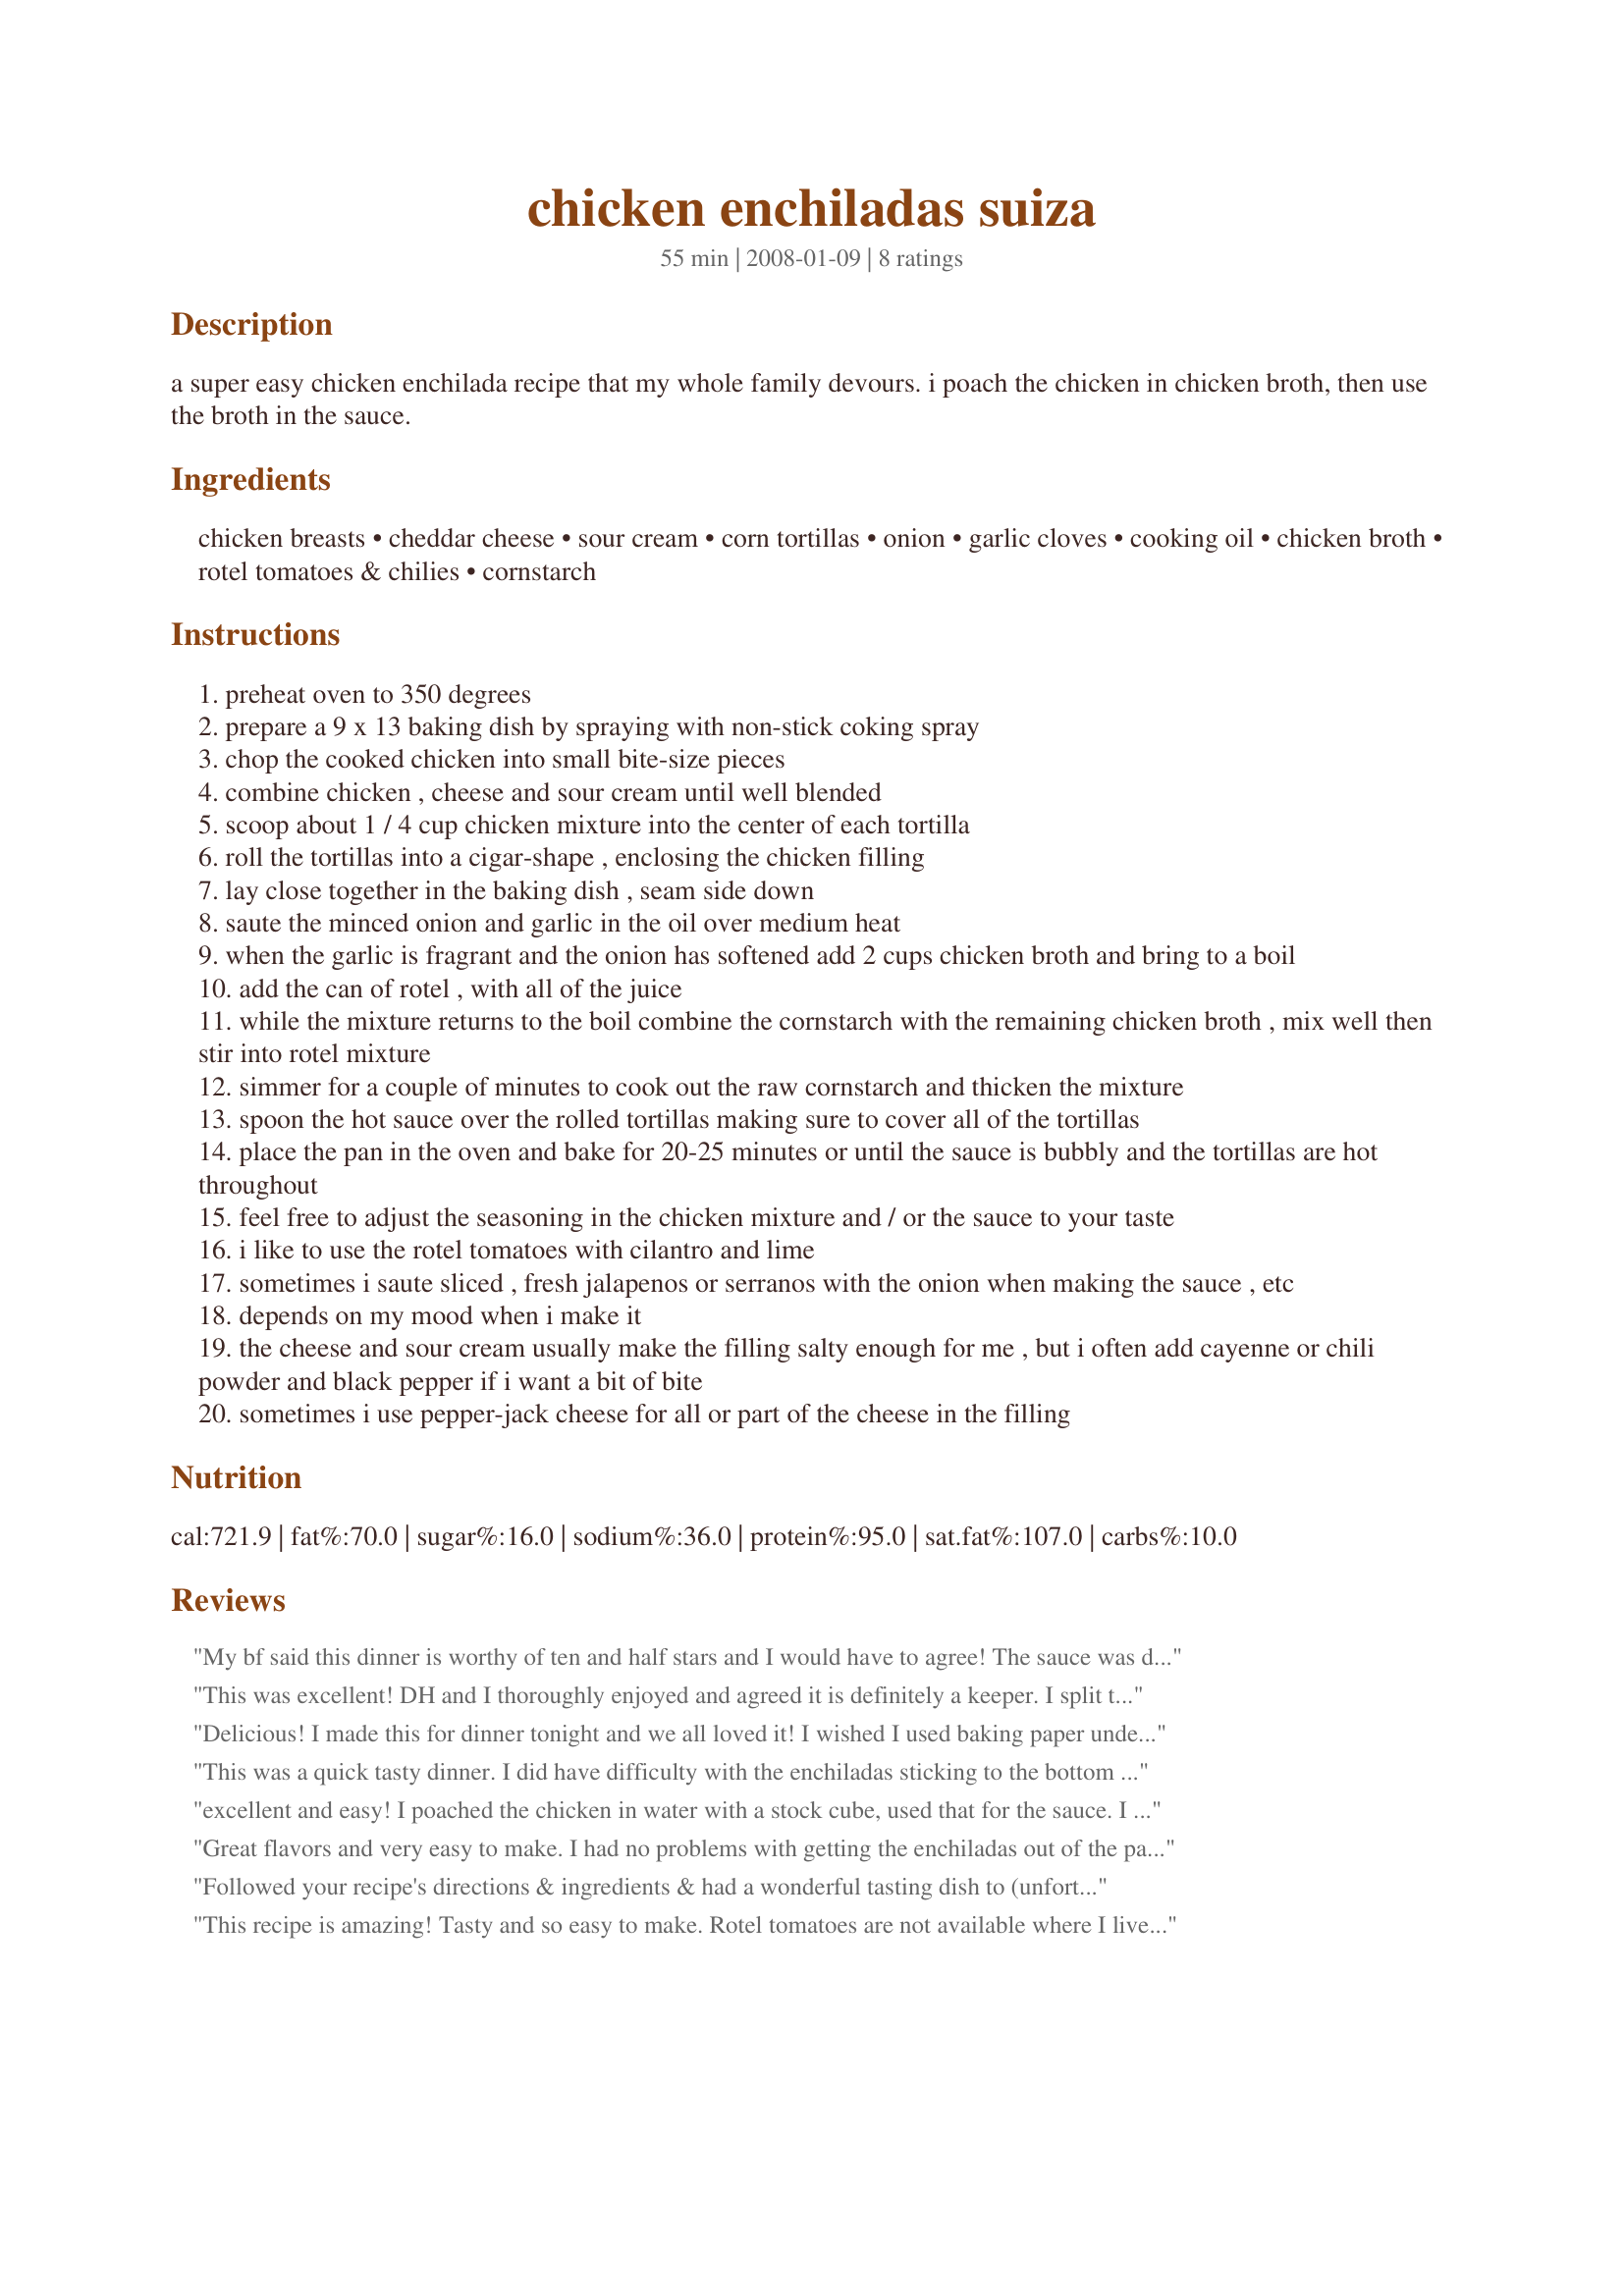
chicken enchiladas suiza
Preparation time: 55 minutes

a super easy chicken enchilada recipe that my whole family devours. i poach the chicken in chicken broth, then use the broth in the sauce.

Ingredients:
chicken breasts, cheddar cheese, sour cream, corn tortillas, onion, garlic cloves, cooking oil, chicken broth, rotel tomatoes & chilies, cornstarch

Steps:
preheat oven to 350 degrees
prepare a 9 x 13 baking dish by spraying with non-stick coking spray
chop the cooked chicken into small bite-size pieces
combine chicken , cheese and sour cream until well blended
scoop about 1 / 4 cup chicken mixture into the center of each tortilla
roll the tortillas into a cigar-shape , enclosing the chicken filling
lay close together in the baking dish , seam side down
saute the minced onion and garlic in the oil over medium heat
when the garlic is fragrant and the onion has softened add 2 cups chicken broth and bring to a boil
add the can of rotel , with all of the juice
while the mixture returns to the boil combine the cornstarch with the remaining chicken broth , mix well then stir into rotel mixture
simmer for a couple of minutes to cook out the raw cornstarch and thicken the mixture
spoon the hot sauce over the rolled tortillas making sure to cover all of the tortillas
place the pan in the oven and bake for 20-25 minutes or until the sauce is bubbly and the tortillas are hot throughout
feel free to adjust the seasoning in the chicken mixture and / or the sauce to your taste
i like to use the rotel tomatoes with cilantro and lime
sometimes i saute sliced , fresh jalapenos or serranos with the onion when making the sauce , etc
depends on my mood when i make it
the cheese and sour cream usually make the filling salty enough for me , but i often add cayenne or chili powder and black pepper if i want a bit of bite
sometimes i use pepper-jack cheese for all or part of the cheese in the filling

Reviews:
My bf said this dinner is worthy of ten and half stars and I would have to agree! The sauce was delicious and perfectly covered up the fact that most of my tortillas broke when I rolled them! Haha :) There was extra chicken mixture left over so I'll use that later in the week for another recipe. Thank you so much for posting this delicious gluten free gem!
This was excellent! DH and I thoroughly enjoyed and agreed it is definitely a keeper. I split the recipe in half and saved the left-overs for the next day's lunch. I followed the directions exactly except for one ingredient. DH has a "white and creamy" phobia, so I omitted the sour cream from his half of the enchiladas and substituted with extra cheese. He was VERY happy. We both thought the dish had just the right amount of spiciness. Next time I think I might "kick it up a notch" and use pepperjack cheese as suggested. Thank you for a delicious, tummy-warming recipe!
Delicious! I made this for dinner tonight and we all loved it! I wished I used baking paper underneath the enchiladas because they really suck onto the baking dish, however this didn't take away anything from the taste. Simply and yummy, thank you Sheynath
This was a quick tasty dinner. I did have difficulty with the enchiladas sticking to the bottom of the pan, but the flavors were there and it was simple to prepare. Thank you
[ Made and reviewed for NZ/AUS recipe swap #31, August 2009]
excellent and easy!
I poached the chicken in water with a stock cube, used that for the sauce.
I added a tablespoon of home made chilli paste to the filling. Normally that might be too hot for us, but we have colds, and the chillie helps the breathing :)
Thoroughly enjoyed the meal, and will use this recipe again!
june '09 recipe swap
Great flavors and very easy to make. I had no problems with getting the enchiladas out of the pan. I loved the idea of poaching the chicken in the broth and then using it in the sauce, so I borrowed it :) I used fat free sour cream and 4-cheese Mexican blend and added a dash of cumin, chili powder and cayenne to the filling. Thanks for sharing!
Followed your recipe's directions & ingredients & had a wonderful tasting dish to (unfortunately for me & mine!) take to some neighbors who were having visitors but couldn't do much of the cooking! I did save enough filling to make myself an extra enchilada, & it was OUTSTANDING! I'll admit I'm partial to the flour wraps, but the corn ones in this recipe were great! Thanks for sharing your recipe! [Made & reviewed as a kidnapped recipe in the Aus/NZ Recipe Swap #16]
This recipe is amazing! 
Tasty and so easy to make. Rotel tomatoes are not available where I live, so I simply used a tin of tomatoes and a small tin of jalapeno chilis. Terrific!
5 stars from all four people who ate this. Thanks so much for posting, I'll be making this one again. 
Made for Aussie Swap :)
